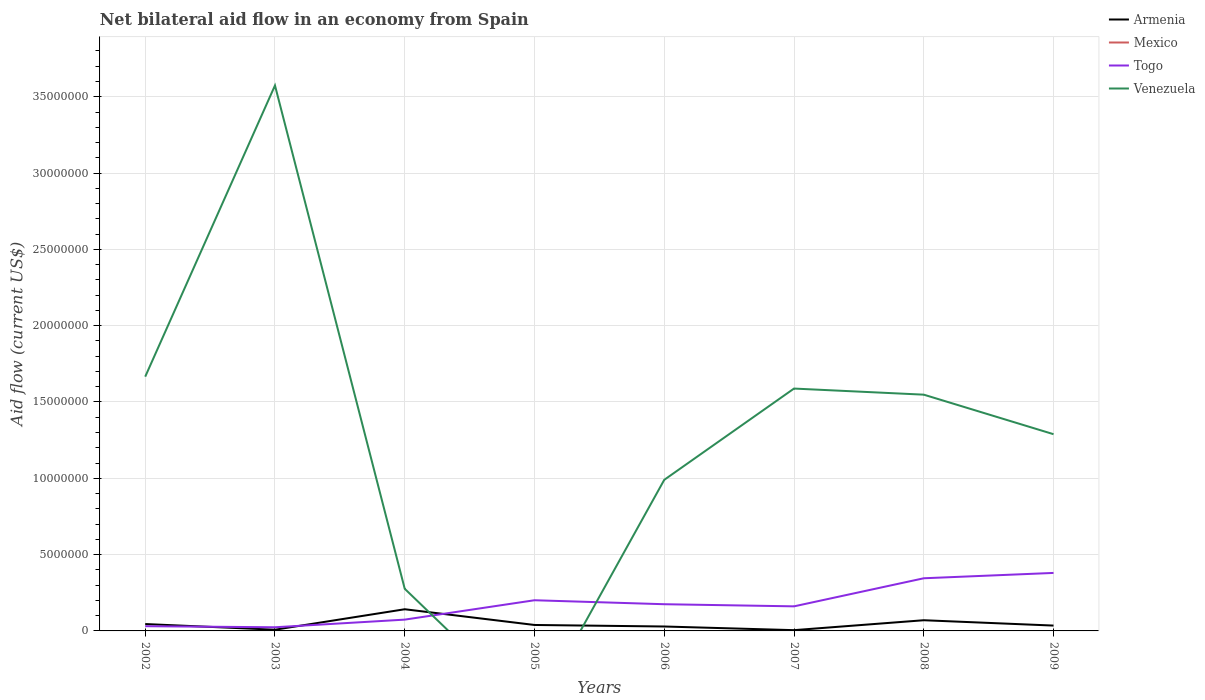
| Years | Armenia | Mexico | Togo | Venezuela |
 | --- | --- | --- | --- | --- |
 | 2002 | 4.5e+05 | -1.2e+07 | 3.1e+05 | 1.67e+07 |
 | 2003 | 8e+04 | -2.65e+07 | 2.4e+05 | 3.57e+07 |
 | 2004 | 1.42e+06 | -2.83e+07 | 7.4e+05 | 2.76e+06 |
 | 2005 | 3.9e+05 | -2.45e+07 | 2.01e+06 | -5.42e+06 |
 | 2006 | 2.9e+05 | -2.31e+07 | 1.75e+06 | 9.9e+06 |
 | 2007 | 5e+04 | -1.72e+07 | 1.61e+06 | 1.59e+07 |
 | 2008 | 7e+05 | -1.51e+07 | 3.45e+06 | 1.55e+07 |
 | 2009 | 3.5e+05 | -1.45e+07 | 3.8e+06 | 1.29e+07 |